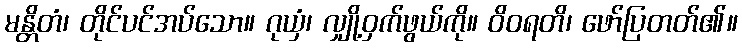
မန္တိတံ၊ တိုင်ပင်အပ်သော။ ဂုယှံ၊ လျှို့ဝှက်ဖွယ်ကို။ ဝိဝရတိ၊ ဖော်ပြတတ်၏။